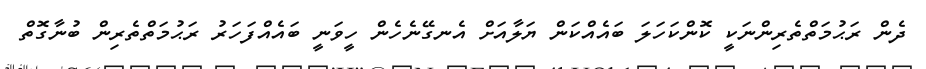
ދެން ރަޙުމަތްތެރިންނަކީ ކޮންކަހަލަ ބައެއްކަން ޔަލާއަށް އެނގޭނެހެން ހީވަނީ ބައެއްފަހަރު ރަޙުމަތްތެރިން ބުނާގޮތް